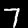
Label: 7